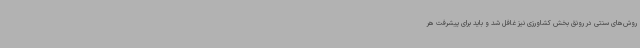
روش‌های سنتی در رونق بخش کشاورزی نیز غافل شد و باید برای پیشرفت هر